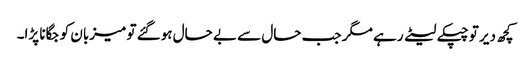
کچھ دیر تو چپکے لیٹے رہے مگر جب حال سے بے حال ہوگئے تو میزبان کو جگانا پڑا۔